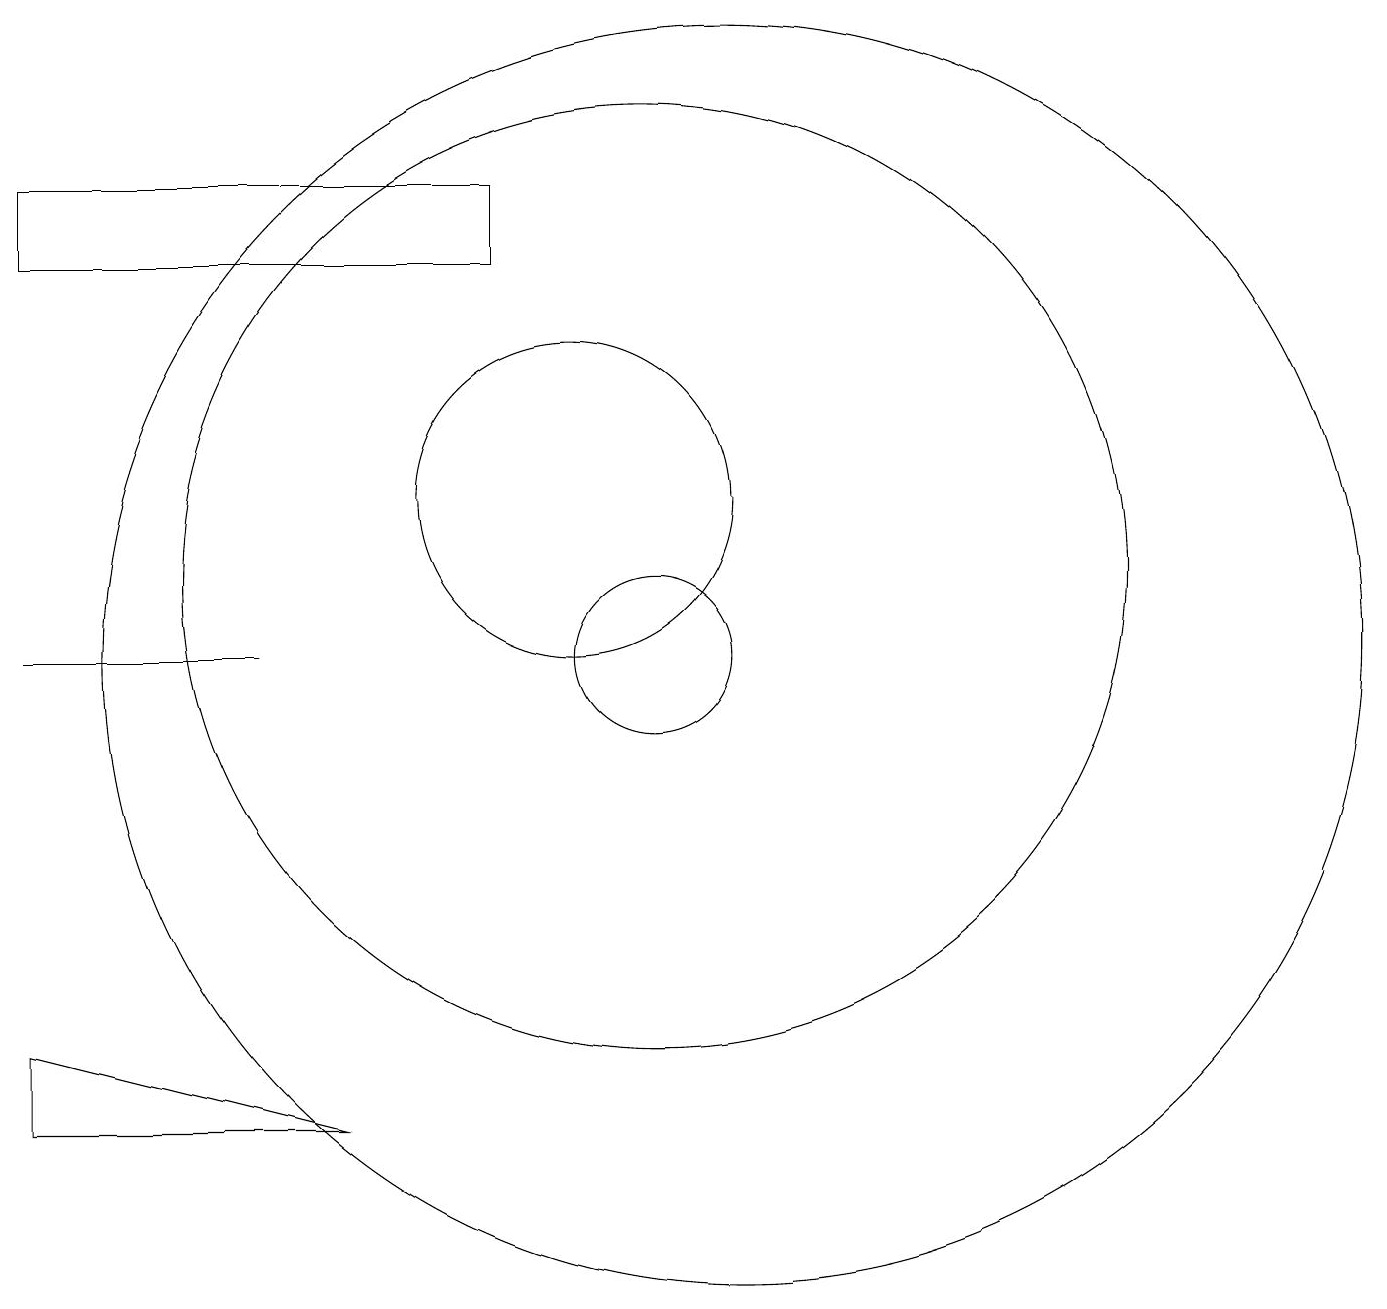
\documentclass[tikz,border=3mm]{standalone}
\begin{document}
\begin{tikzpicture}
\draw (11,10) circle (1);
\draw (9,16) rectangle (3,15);
\draw (3,4) -- (3,5) -- (7,4) -- cycle;
\draw (11,11) circle (6);
\draw (12,11) circle (0);
\draw (12,10) circle (8);
\draw (3,10) rectangle (6,10);
\draw (10,12) circle (2);
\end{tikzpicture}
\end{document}